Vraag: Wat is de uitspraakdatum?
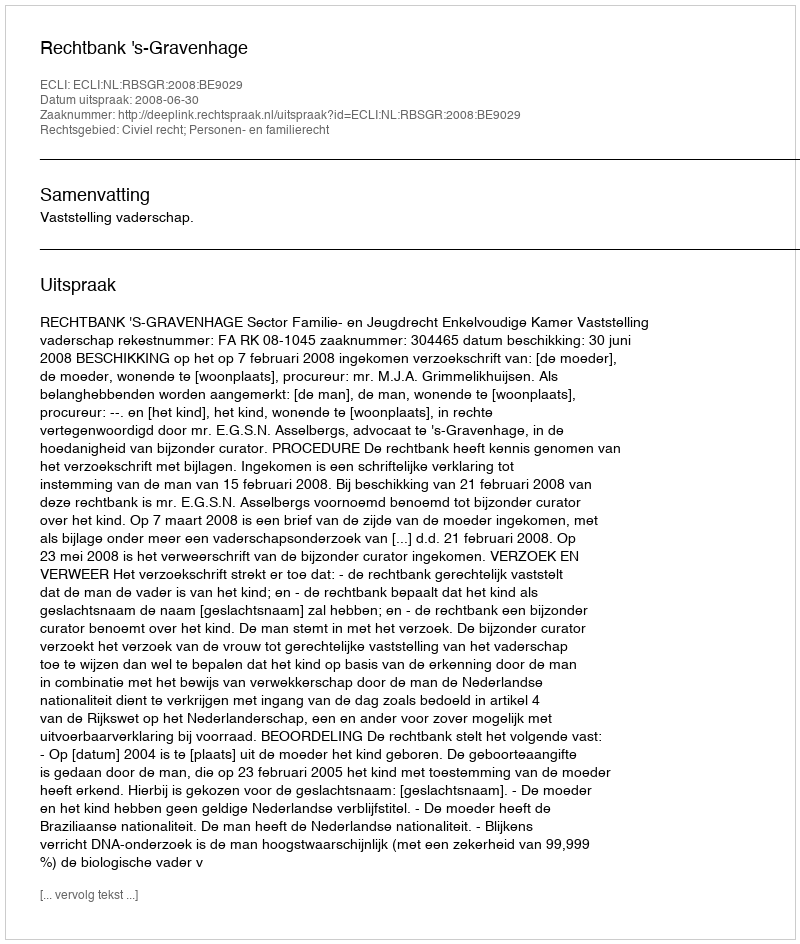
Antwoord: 2008-06-30